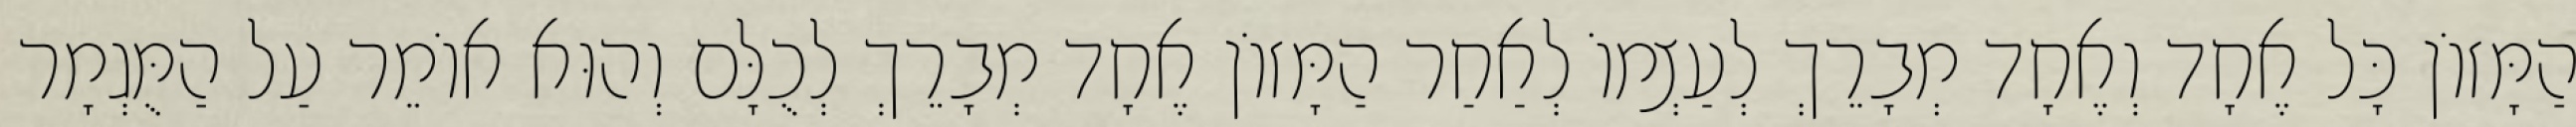
הַמָּזוֹן כָּל אֶחָד וְאֶחָד מְבָרֵךְ לְעַצְמוֹ לְאַחַר הַמָּזוֹן אֶחָד מְבָרֵךְ לְכֻלָּם וְהוּא אוֹמֵר עַל הַמֻּגְמָר